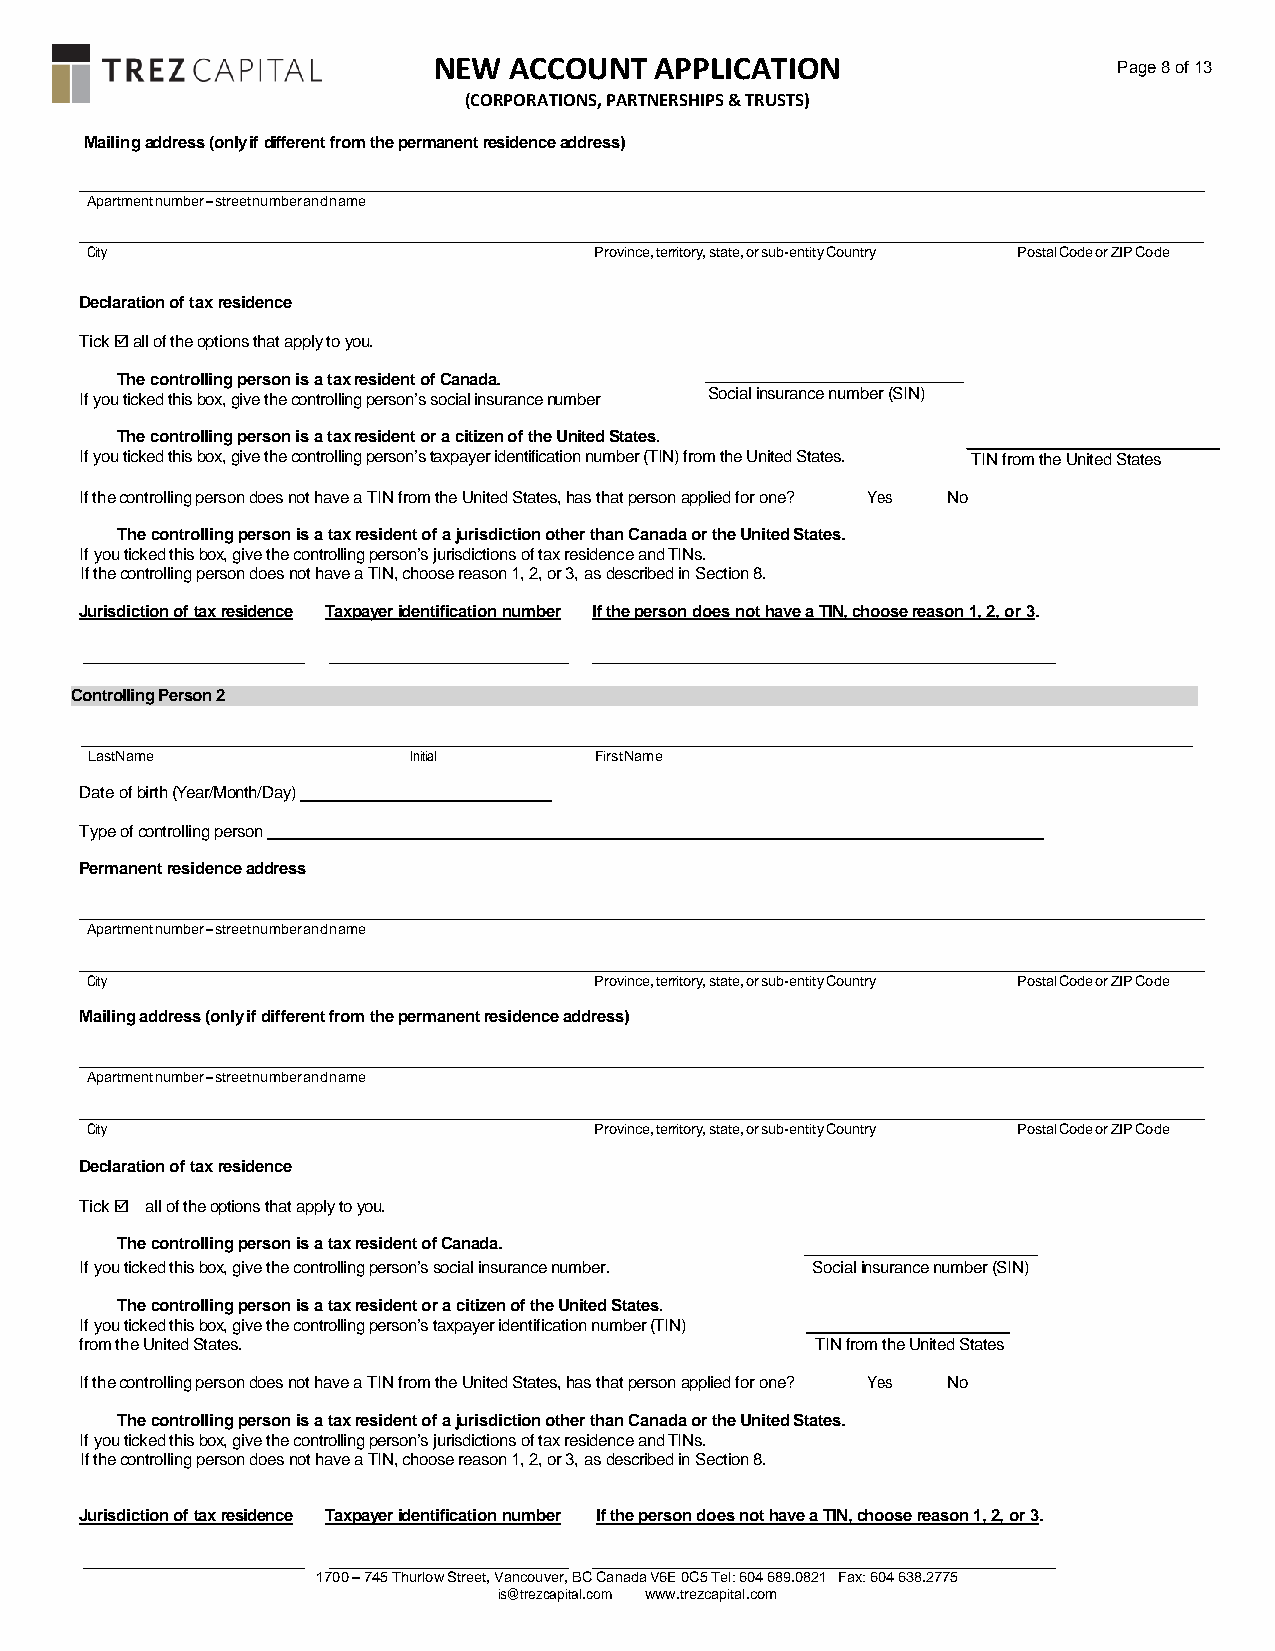
NEW  ACCOUNT  APPLICATION                    Page 8 of 13
 (CORPORATIONS, PARTNERSHIPS & TRUSTS)
 Mailing address (only if different from the permanent residence address)
 Apartment number – street number and name
 City                             Province, territory, state, or sub-entity Country Postal Code or ZIP Code
 Declaration of tax residence
 Tick  all of the options that apply to you.
 The controlling person is a tax resident of Canada.
 If you ticked this box, give the controlling person’s social insurance number Social insurance number (SIN)
 The controlling person is a tax resident or a citizen of the United States.
 If you ticked this box, give the controlling person’s taxpayer identification number (TIN) from the United States. TIN from the United States
 If the controlling person does not have a TIN from the United States, has that person applied for one? Yes No
 The controlling person is a tax resident of a jurisdiction other than Canada or the United States.
 If you ticked this box, give the controlling person’s jurisdictions of tax residence and TINs.
 If the controlling person does not have a TIN, choose reason 1, 2, or 3, as described in Section 8.
 Jurisdiction of tax residence Taxpayer identification number If the person does not have a TIN, choose reason 1, 2, or 3.
 Controlling Person 2
 Last Name            Initial     First Name
 Date of birth (Year/Month/Day)
 Type of controlling person
 Permanent residence address
 Apartment number – street number and name
 City                             Province, territory, state, or sub-entity Country Postal Code or ZIP Code
 Mailing address (only if different from the permanent residence address)
 Apartment number – street number and name
 City                             Province, territory, state, or sub-entity Country Postal Code or ZIP Code
 Declaration of tax residence
 Tick  all of the options that apply to you.
 The controlling person is a tax resident of Canada.
 If you ticked this box, give the controlling person’s social insurance number. Social insurance number (SIN)
 The controlling person is a tax resident or a citizen of the United States.
 If you ticked this box, give the controlling person’s taxpayer identification number (TIN)
 from the United States.                          TIN from the United States
 If the controlling person does not have a TIN from the United States, has that person applied for one? Yes No
 The controlling person is a tax resident of a jurisdiction other than Canada or the United States.
 If you ticked this box, give the controlling person’s jurisdictions of tax residence and TINs.
 If the controlling person does not have a TIN, choose reason 1, 2, or 3, as described in Section 8.
 Jurisdiction of tax residence Taxpayer identification number If the person does not have a TIN, choose reason 1, 2, or 3.
 1700 – 745 Thurlow Street, Vancouver, BC Canada V6E 0C5 Tel: 604 689.0821 Fax: 604 638.2775
 is@trezcapital.com www.trezcapital.com